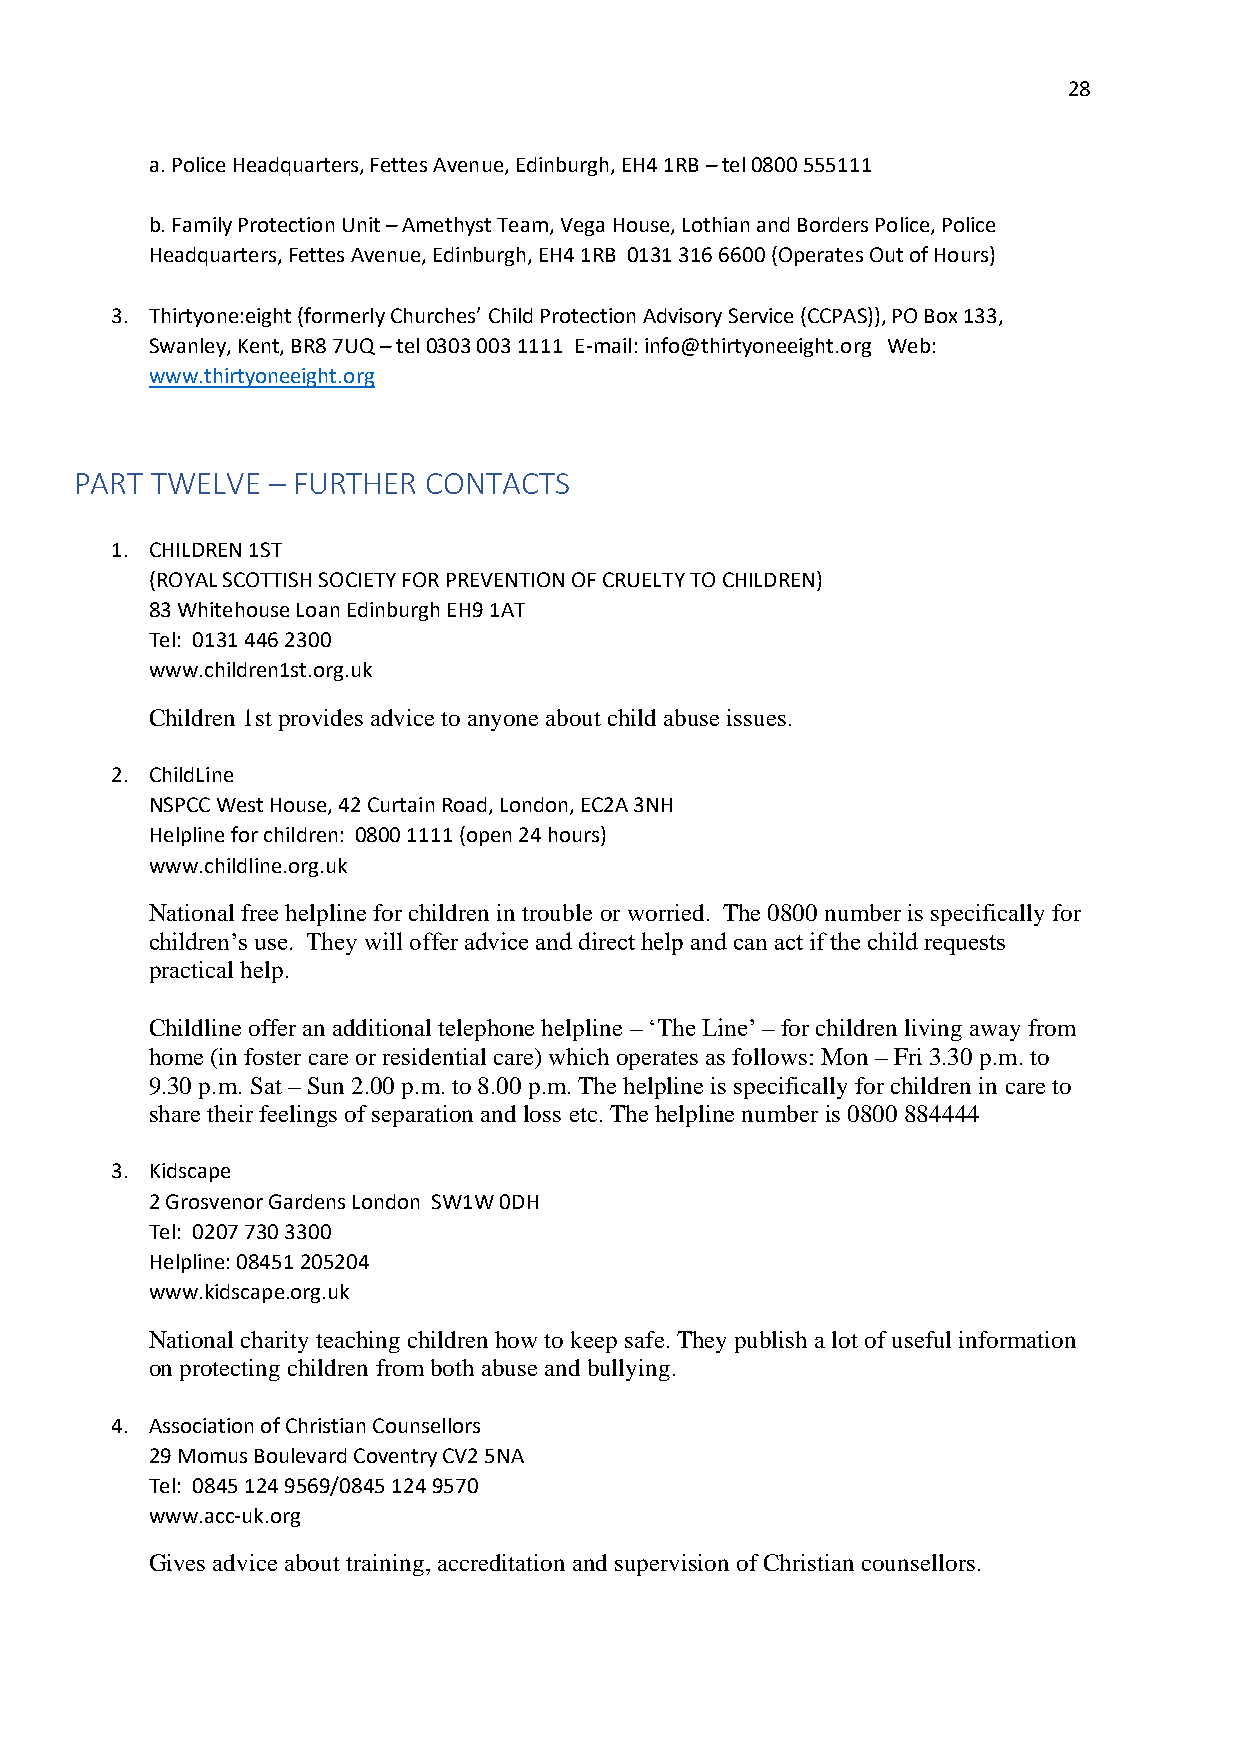
28
 a. Police Headquarters, Fettes Avenue, Edinburgh, EH4 1RB – tel 0800 555111
 b. Family Protection Unit – Amethyst Team, Vega House, Lothian and Borders Police, Police
 Headquarters, Fettes Avenue, Edinburgh, EH4 1RB 0131 316 6600 (Operates Out of Hours)
 3. Thirtyone:eight (formerly Churches’ Child Protection Advisory Service (CCPAS)), PO Box 133,
 Swanley, Kent, BR8 7UQ – tel 0303 003 1111 E-mail: info@thirtyoneeight.org Web:
 www.thirtyoneeight.org
 PART TWELVE  – FURTHER CONTACTS
 1. CHILDREN 1ST
 (ROYAL SCOTTISH SOCIETY FOR PREVENTION OF CRUELTY TO CHILDREN)
 83 Whitehouse Loan Edinburgh EH9 1AT
 Tel: 0131 446 2300
 www.children1st.org.uk
 Children 1st provides advice to anyone about child abuse issues.
 2. ChildLine
 NSPCC West House, 42 Curtain Road, London, EC2A 3NH
 Helpline for children: 0800 1111 (open 24 hours)
 www.childline.org.uk
 National free helpline for children in trouble or worried. The 0800 number is specifically for
 children’s use. They will offer advice and direct help and can act if the child requests
 practical help.
 Childline offer an additional telephone helpline – ‘The Line’ – for children living away from
 home (in foster care or residential care) which operates as follows: Mon – Fri 3.30 p.m. to
 9.30 p.m. Sat – Sun 2.00 p.m. to 8.00 p.m. The helpline is specifically for children in care to
 share their feelings of separation and loss etc. The helpline number is 0800 884444
 3. Kidscape
 2 Grosvenor Gardens London SW1W 0DH
 Tel: 0207 730 3300
 Helpline: 08451 205204
 www.kidscape.org.uk
 National charity teaching children how to keep safe. They publish a lot of useful information
 on protecting children from both abuse and bullying.
 4. Association of Christian Counsellors
 29 Momus Boulevard Coventry CV2 5NA
 Tel: 0845 124 9569/0845 124 9570
 www.acc-uk.org
 Gives advice about training, accreditation and supervision of Christian counsellors.